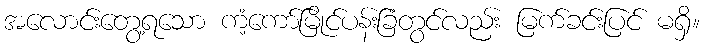
အလောင်းတွေ့ရသော ကံ့ကော်မြိုင်ပန်းခြံတွင်လည်း မြက်ခင်းပြင် မရှိ။